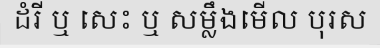
ដំរី ឬ សេះ ឬ សម្លឹងមើល បុរស